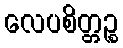
လေပစိတ္တဉ္စ